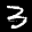
Label: 3